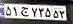
۵۱ج۷۳۵۵۳